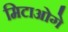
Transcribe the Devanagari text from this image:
मिटाओगे